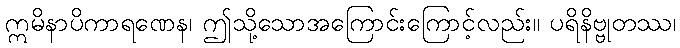
ဣမိနာပိကာရဏေန၊ ဤသို့သောအကြောင်းကြောင့်လည်း။ ပရိနိဗ္ဗုတဿ၊